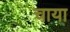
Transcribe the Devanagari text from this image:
चाया